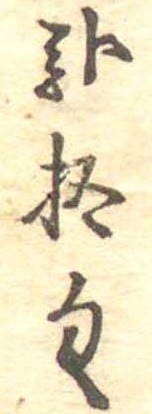
弐拾匁